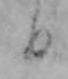
日